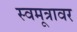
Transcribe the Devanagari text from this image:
स्वमूत्रावर